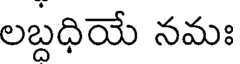
లబ్దధియే నమః